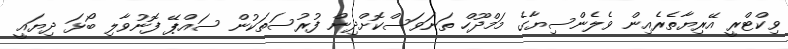
ވިކްޓްރީ އޭރިޔާތެރެއިން ވެލެންސިޔާގެ މަމްދޫހް ތަނަވަސްކޮށްދިން ފުރުސަތަކުން ސައްޕޭ ފޮނުވާލި ބޯޅަ ދިޔައީ